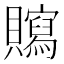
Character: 𧸿